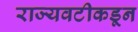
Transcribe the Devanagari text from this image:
राज्यवटीकडून